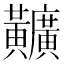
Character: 𪏪